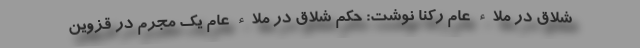
شلاق در ملاء عام رکنا نوشت: حکم شلاق در ملاء عام یک مجرم در قزوین